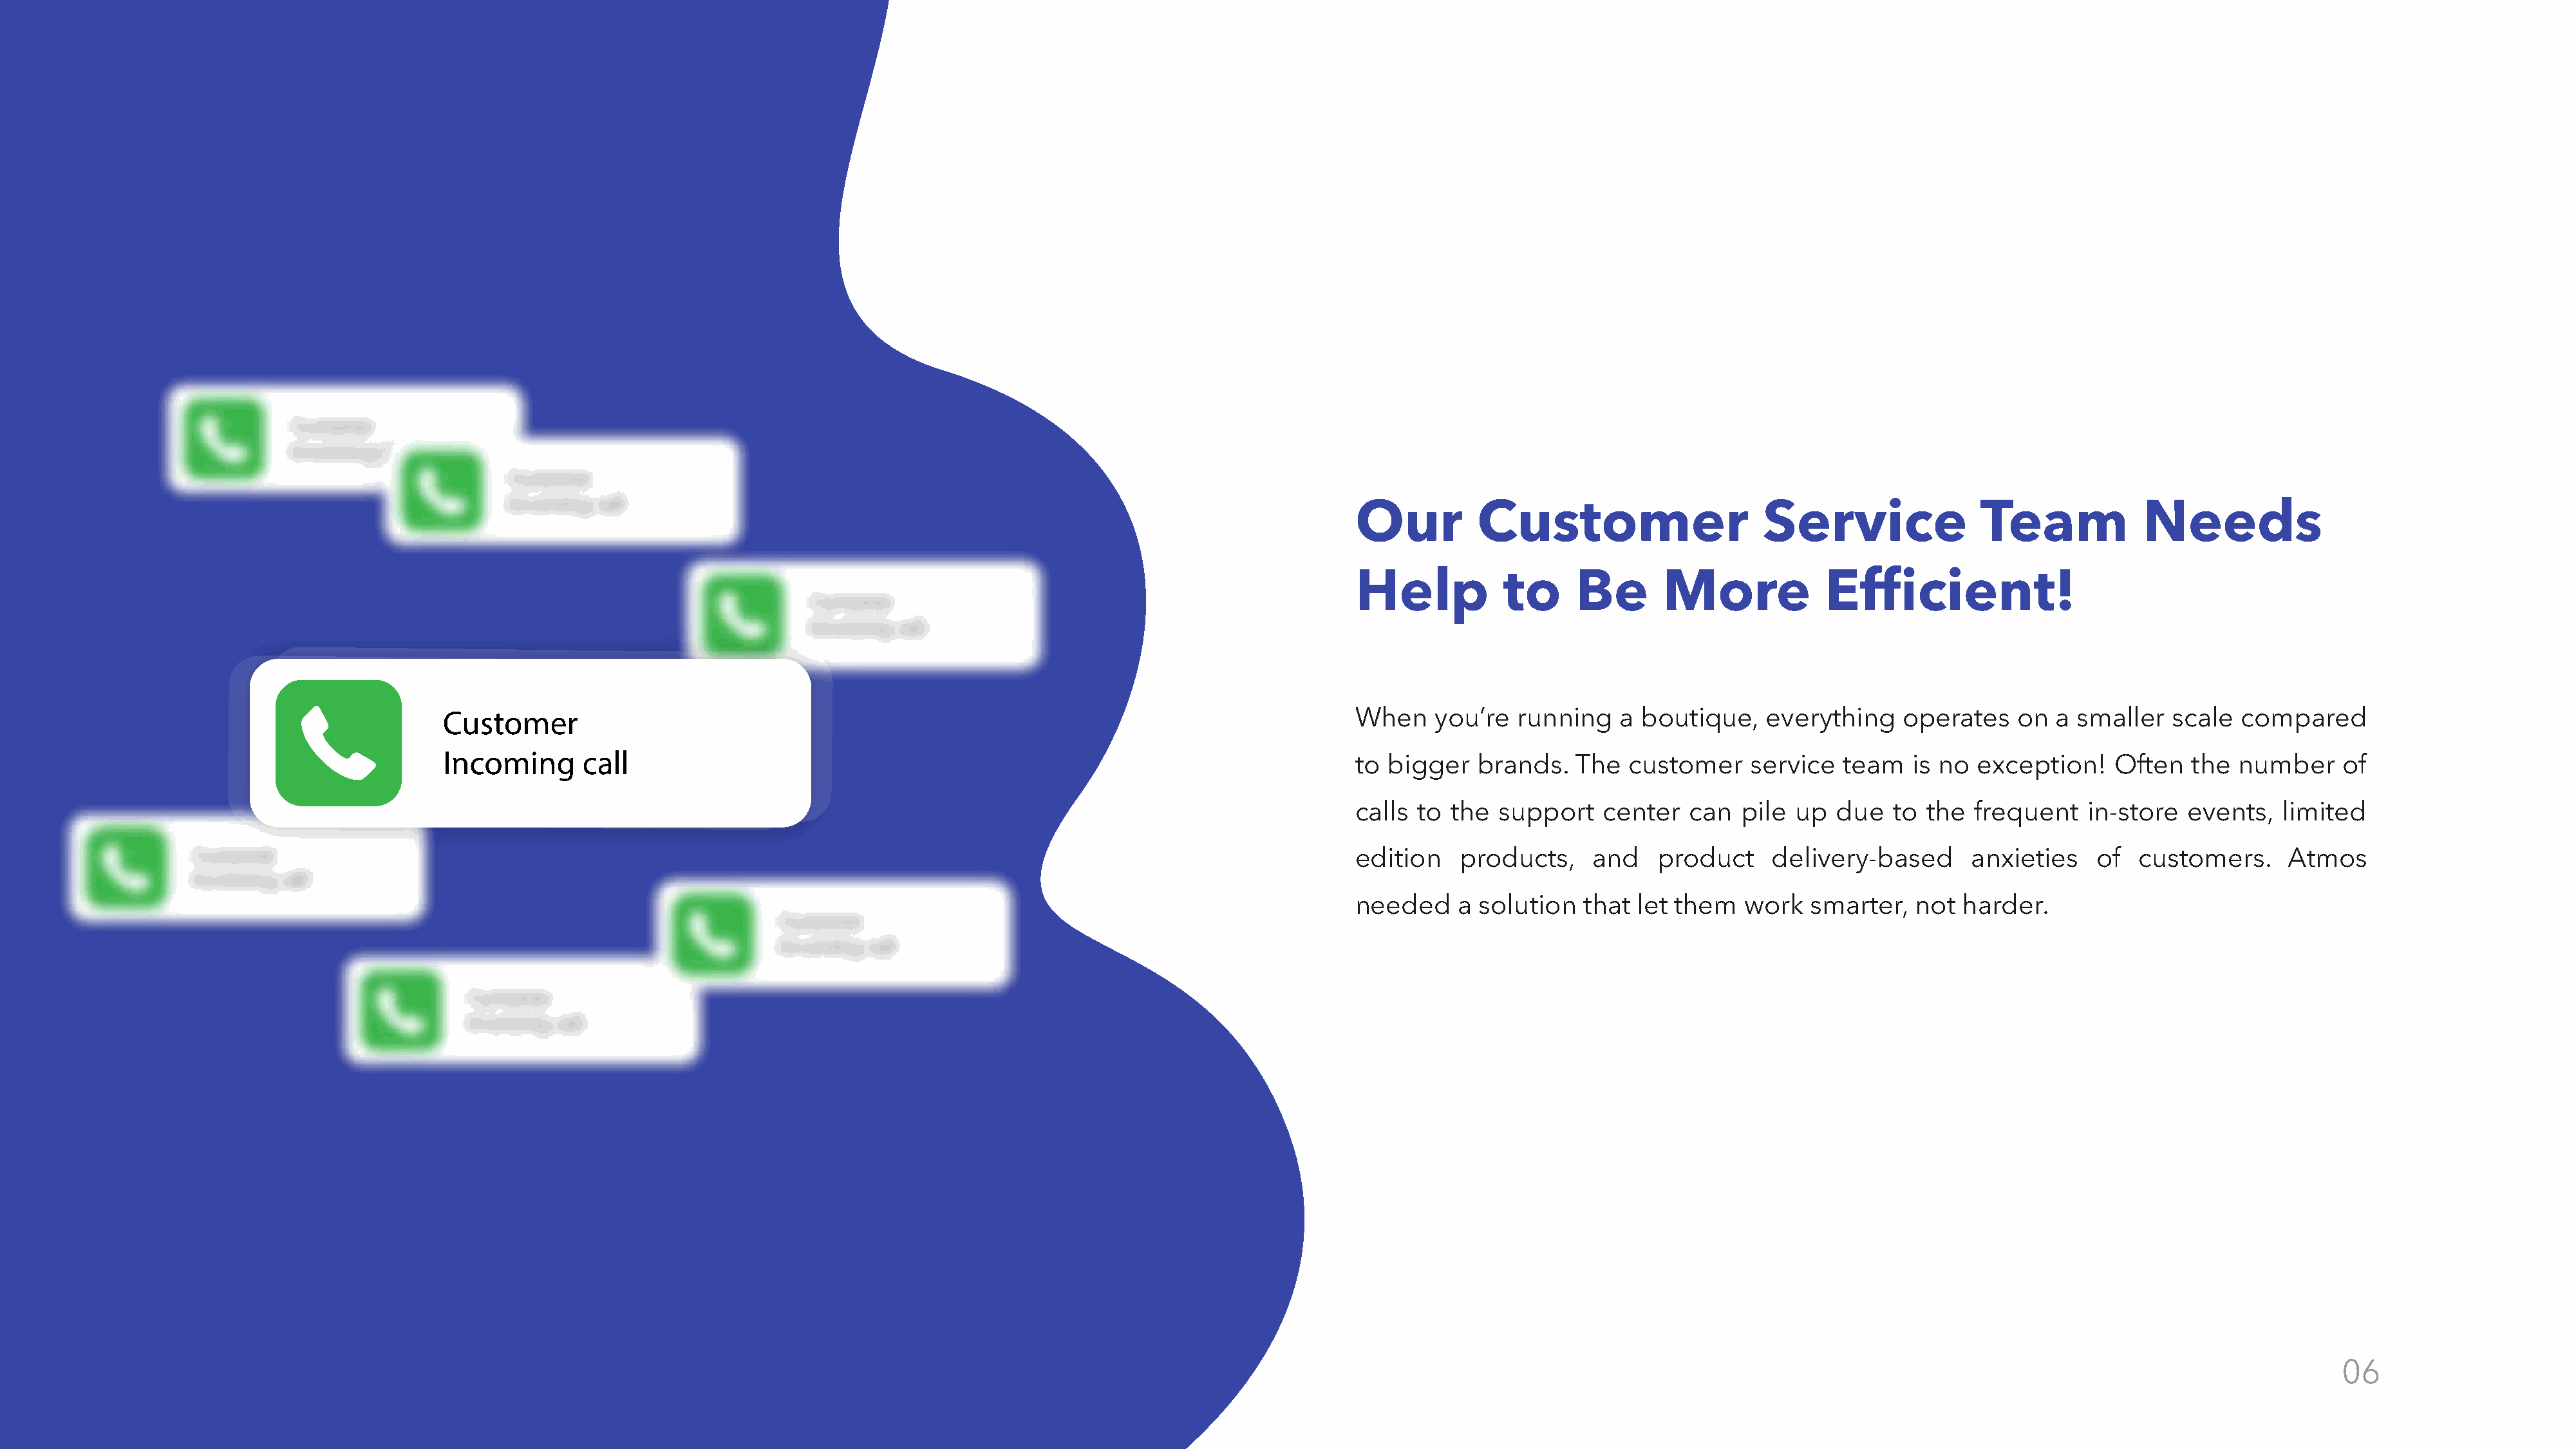
Our          Customer                     Service                Team            Needs
 Help            to     Be       More             Efficient!
 Customer
 CuCsutsotmomerer                                                                                When    you’re   running   a  boutique,    everything    operates   on  a  smaller  scale  compared
 Incoming      call
 InIcnocmominign gc aclal ll                                                                     to  bigger   brands.   The  customer     service  team    is no exception!    Often   the  number     of
 calls  to the  support    center   can  pile  up  due   to the  frequent    in-store  events,   limited
 edition    products,     and   product     delivery-based       anxieties   of   customers.     Atmos
 needed     a solution   that let them   work   smarter,   not  harder.
 |    Case    Study:     UBIQ                                                                                                                                                                     06